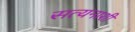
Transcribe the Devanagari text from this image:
सत्यनाशी